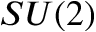
S U ( 2 )